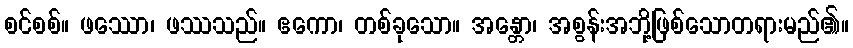
စင်စစ်။ ဖဿော၊ ဖဿသည်။ ဧကော၊ တစ်ခုသော။ အန္တော၊ အစွန်းအဘို့ဖြစ်သောတရားမည်၏။